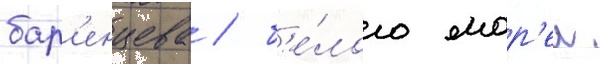
бар'енцева / б'е́лого мор'еи